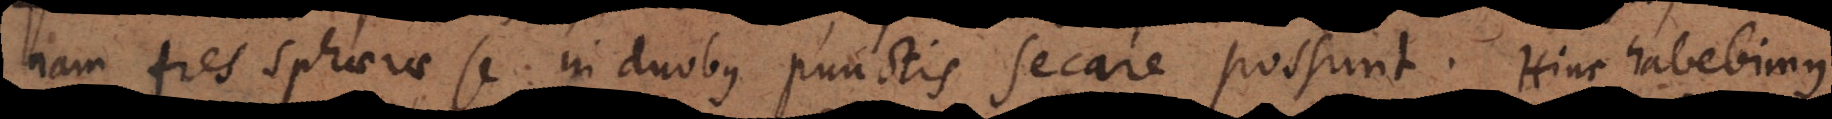
nam tres sphaerae se in duobus punctis secare possunt. Hinc habebimus